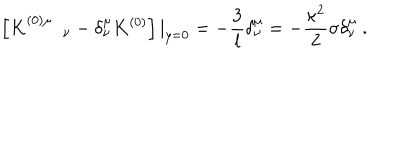
\left[ K _ { \quad \quad \nu } ^ { ( 0 ) \mu } - \delta _ { \nu } ^ { \mu } K ^ { ( 0 ) } \right] | _ { y = 0 } = - { \frac { 3 } { l } } \delta _ { \nu } ^ { \mu } = - { \frac { \kappa ^ { 2 } } { 2 } } \sigma \delta _ { \nu } ^ { \mu } \ .